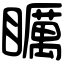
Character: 矋